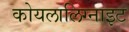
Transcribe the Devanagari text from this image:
कोयलालिग्नाइट